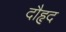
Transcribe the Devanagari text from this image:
दौहृद